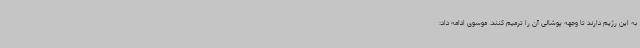
به این رژیم دارند تا وجهه پوشالی آن را ترمیم کنند. موسوی ادامه داد: